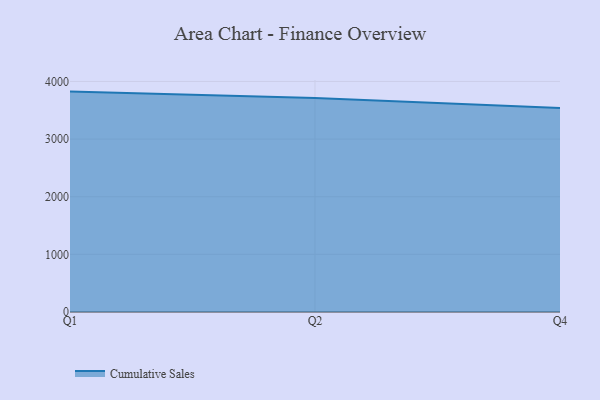
{"axis": {"x": "Quarter", "y": "Tickets Resolved"}, "legend": ["Cumulative Sales"], "data": [{"x": "Q1", "y": 3823.7, "type": "Cumulative Sales"}, {"x": "Q2", "y": 3714.4, "type": "Cumulative Sales"}, {"x": "Q4", "y": 3540.1, "type": "Cumulative Sales"}]}